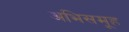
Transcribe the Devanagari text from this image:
अभिसमूह